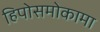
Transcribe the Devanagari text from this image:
हिपोसमोकामा